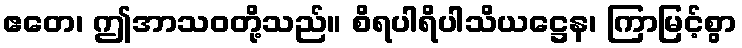
ဧတေ၊ ဤအာသဝတို့သည်။ စိရပါရိပါသိယဋ္ဌေန၊ ကြာမြင့်စွာ